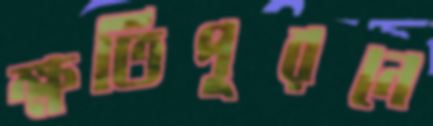
ক্ষতিপূরনে